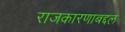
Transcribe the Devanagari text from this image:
राजकारणाबद्दल